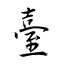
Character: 臺